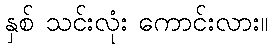
နှစ် သင်းလုံး ကောင်းလား။